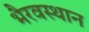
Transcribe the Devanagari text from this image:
भैरवस्थान